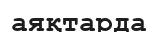
аяқтарда